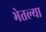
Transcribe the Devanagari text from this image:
भेतल्या